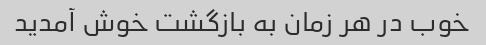
خوب در هر زمان به بازگشت خوش آمدید